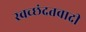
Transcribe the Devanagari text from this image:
स्वच्छंदतवादी